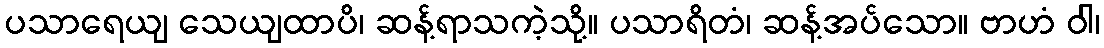
ပသာရေယျ သေယျထာပိ၊ ဆန့်ရာသကဲ့သို့။ ပသာရိတံ၊ ဆန့်အပ်သော။ ဗာဟံ ဝါ၊